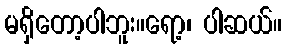
မရှိတော့ပါဘူး။ရော့၊ ပါဆယ်။